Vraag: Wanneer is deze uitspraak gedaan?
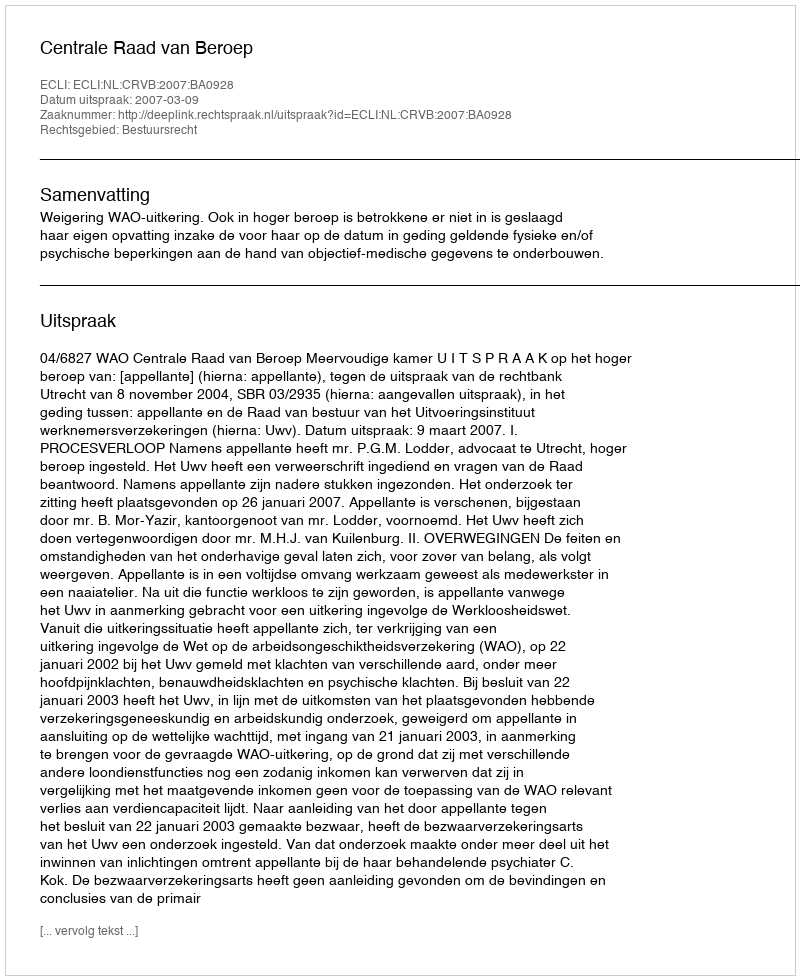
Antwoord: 2007-03-09